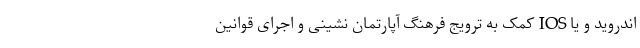
اندروید و یا IOS کمک به ترویج فرهنگ آپارتمان نشینی و اجرای قوانین